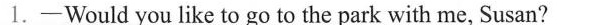
1.——Would you like to go to the park with me, Susan?